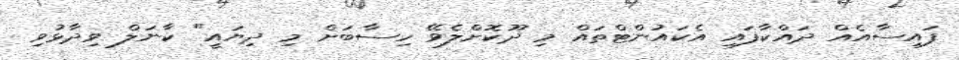
ފައިސާއެއް ދައްކާފައި އެކައުންޓްތައް މި ދޫކޮށްލެވޭ ހިސާބަށް މި ދިޔައީ" ކާނަލް ވިދާޅުވި